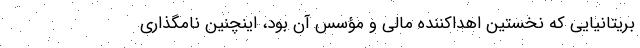
بریتانیایی که نخستین اهداکننده مالی و مؤسس آن بود، اینچنین نامگذاری